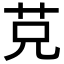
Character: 𦬺